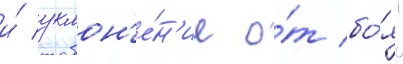
и́ уклон'е́н'ие о́т бо́я"